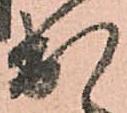
出